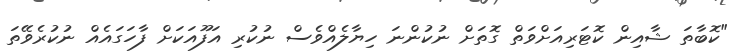
"ކޮބާތަ ޝާއިން ކޮޓަރިއަށްވަތް ގޮތަށް ނުކުންނަ ހިޔާލެއްވެސް ނުކުރި އަފޫއަކަށް ފާހަގައެއް ނުކުރެވޭތަ